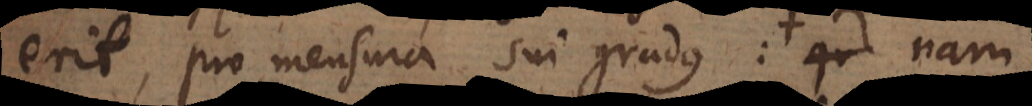
erit, pro mensura sui gradus: et satis